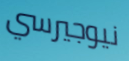
نيوجيرسي